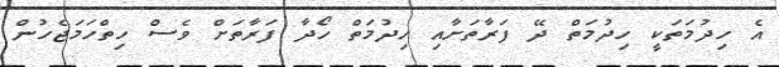
އެ ހިދުުމަތަކީ ހިދުމަތް ދޭ ފަރާތަށާއި ހިދުމަތް ހޯދާ ފަރާތަށް ވެސް ހިތްހަމަޖެހުން